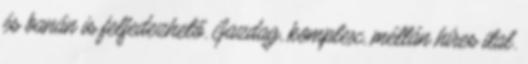
és banán is felfedezhető. Gazdag, komplex, méltán híres ital.